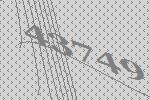
43749